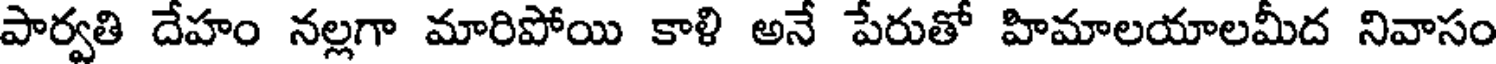
పార్వతి దేహం నల్లగా మారిపోయి కాళి అనే పేరుతో హిమాలయాలమీద నివాసం